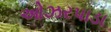
ઓઝરપાડા